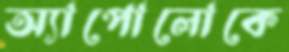
অ্যাপোলোকে